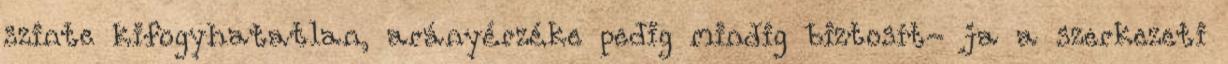
szinte kifogyhatatlan, arányérzéke pedig mindig biztosít- ja a szerkezeti